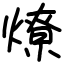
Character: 燎